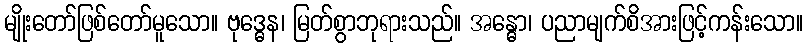
မျိုးတော်ဖြစ်တော်မူသော။ ဗုဒ္ဓေန၊ မြတ်စွာဘုရားသည်။ အန္ဓော၊ ပညာမျက်စိအားဖြင့်ကန်းသော။